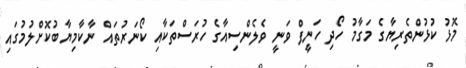
މޮޅު ކުޅުންތެރިޔާގެ މަގާމު ހޯދި ހަނީފް ވަނީ ވެލެންސިއާގެ ހުރަސްތަކާއި ކޯނަރުތައް ނާކާމިޔާބުކޮށްލުމުގައި